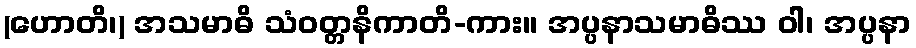
(ဟောတိ၊) အသမာဓိ သံဝတ္တနိကာတိ-ကား။ အပ္ပနာသမာဓိဿ ဝါ၊ အပ္ပနာ